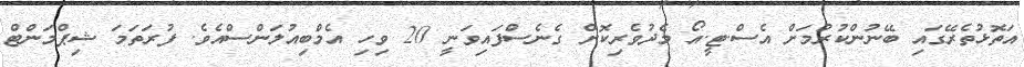
އަތޮޅުތެރޭގައި ބޭނުންކުރުމަށް އެސް.ޓީ.އޯ މެދުވެރިކޮށް ގެނެސްފައިވަނީ 20 ވިހި އެމްބިއުލަންސްއެވެ. ފުރަތަމަ ޝިޕްމަންޓް